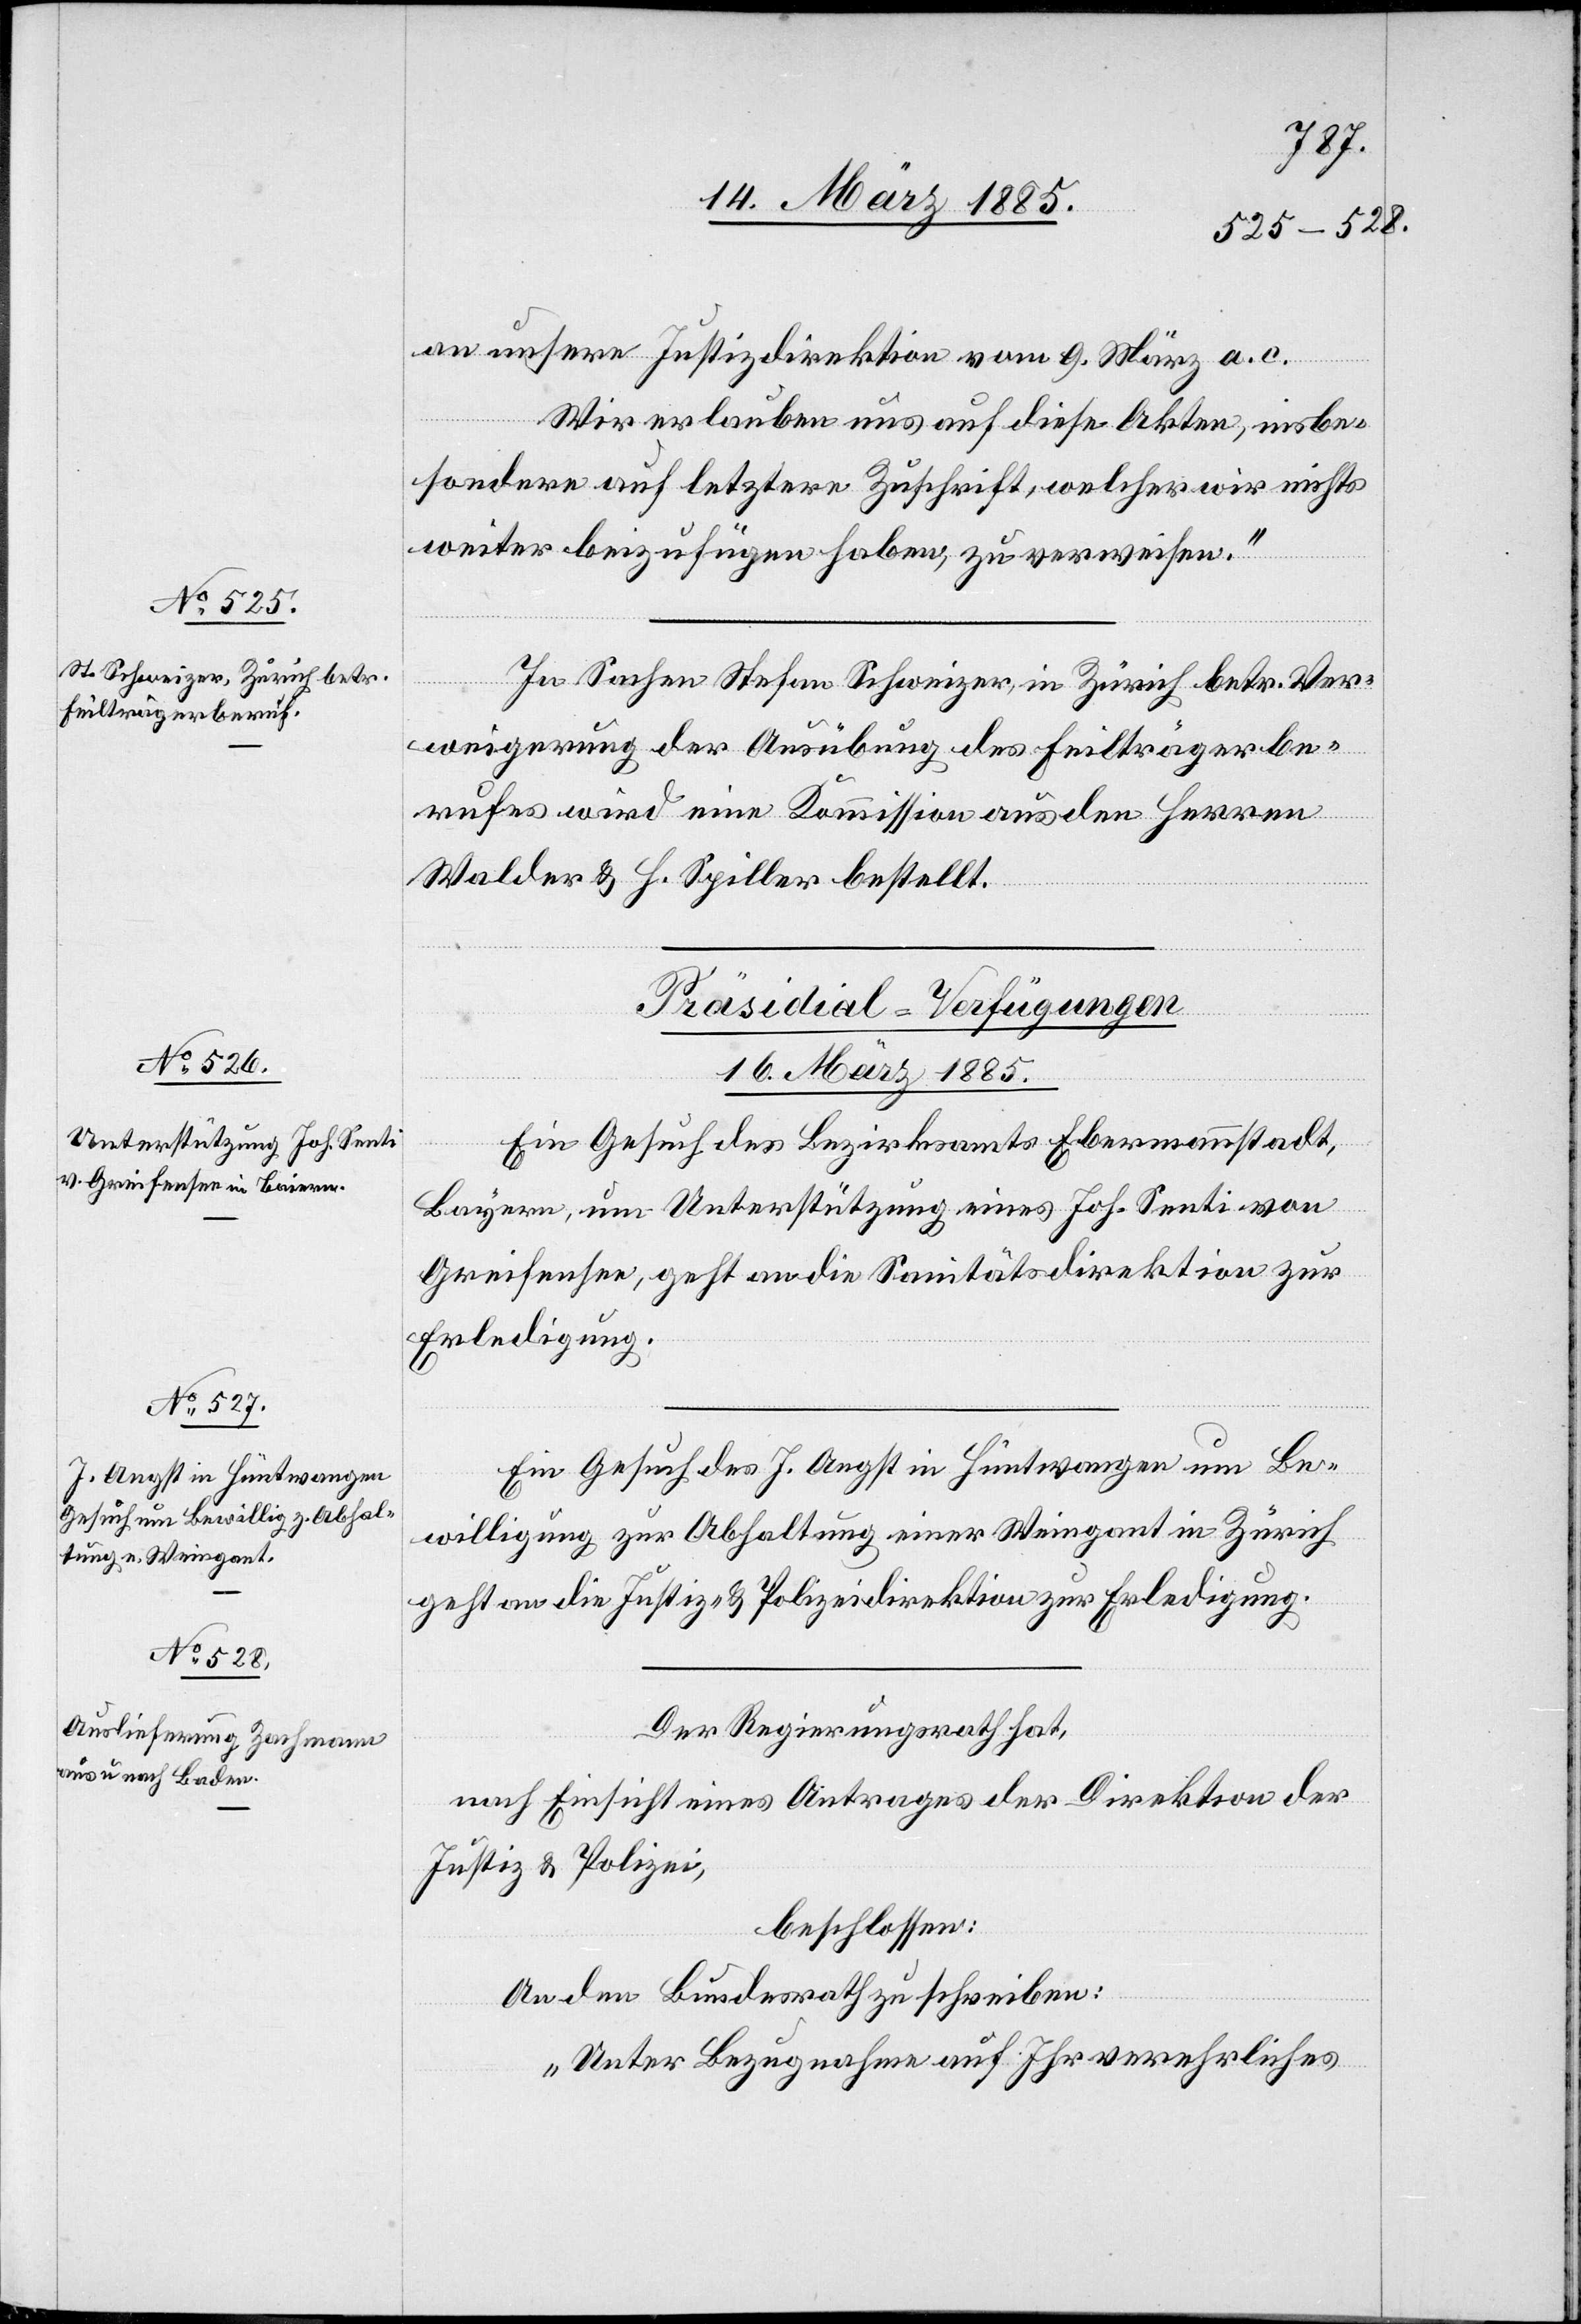
16. März 1885.]
an unsere Justizdirektion vom 9. März a. c.
Wir erlauben uns auf diese Akten, insbe¬
sondere auf letztere Zuschrift, welcher wir nichts
weiter beizufügen haben, zu verweisen.“
In Sachen Stefan Schweizer, in Zürich, betr. Ver¬
weigerung der Ausübung des Feilträgerbe¬
rufes wird eine Kommission aus den Herren
Walder & H. Spiller bestellt.
[Präsidial-Verfügungen
Ein Gesuch des Bezirksamtes Ebermannstadt,
Bayern, um Unterstützung eines Joh. Senti von
Greifensee geht an die Sanitätsdirektion zur
Erledigung.
Ein Gesuch des J. Angst in Hüntwangen um Be¬
willigung zur Abhaltung eines Weingant in Zürich
geht an die Justiz- & Polizeidirektion zur Erledigung.
Der Regierungsrath hat,
nach Einsicht eines Antrages der Direktion der
Justiz & Polizei,
beschlossen:
An den Bundesrath zu schreiben:
„Unter Bezugnahme auf Ihr verehrliches